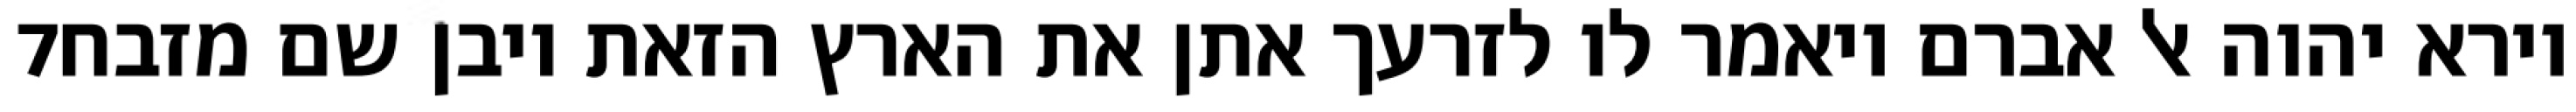
‎7‏ וירא יהוה אל אברם ויאמר לו לזרעך אתן את הארץ הזאת ויבן שם מזבח